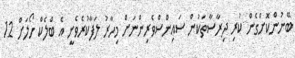
ބޭނުންކޮށްގެން ކުރި ދިރާސާތަކުން ސައިންސްވެރިންނަށް މިހާރު ލަފާކުރެވެނީ އެ ބްލެކް ހޯލަށް 12